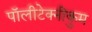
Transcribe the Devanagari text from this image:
पॉलीटेक्नीकुम